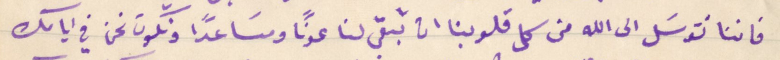
فاننا نتوسَل الى الله من كل قلوبنا ان تبقى لنا عونًا ومسَاعدًا ونكون نحن في ايامك